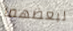
لبعضهما